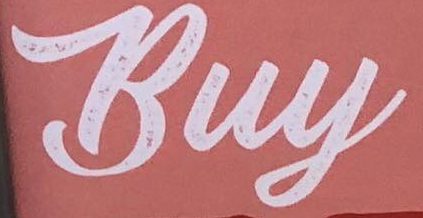
Buy